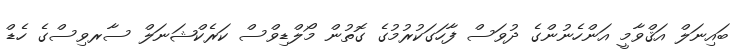
ބައިނަލް އަޤްވާމީ އަންހެނުންގެ ދުވަސް ފާހަގަކުރުމުގެ ގޮތުން މޯލްޑިވްސް ކަރެކްޝަނަލް ސާރވިސްގެ ހެޑް